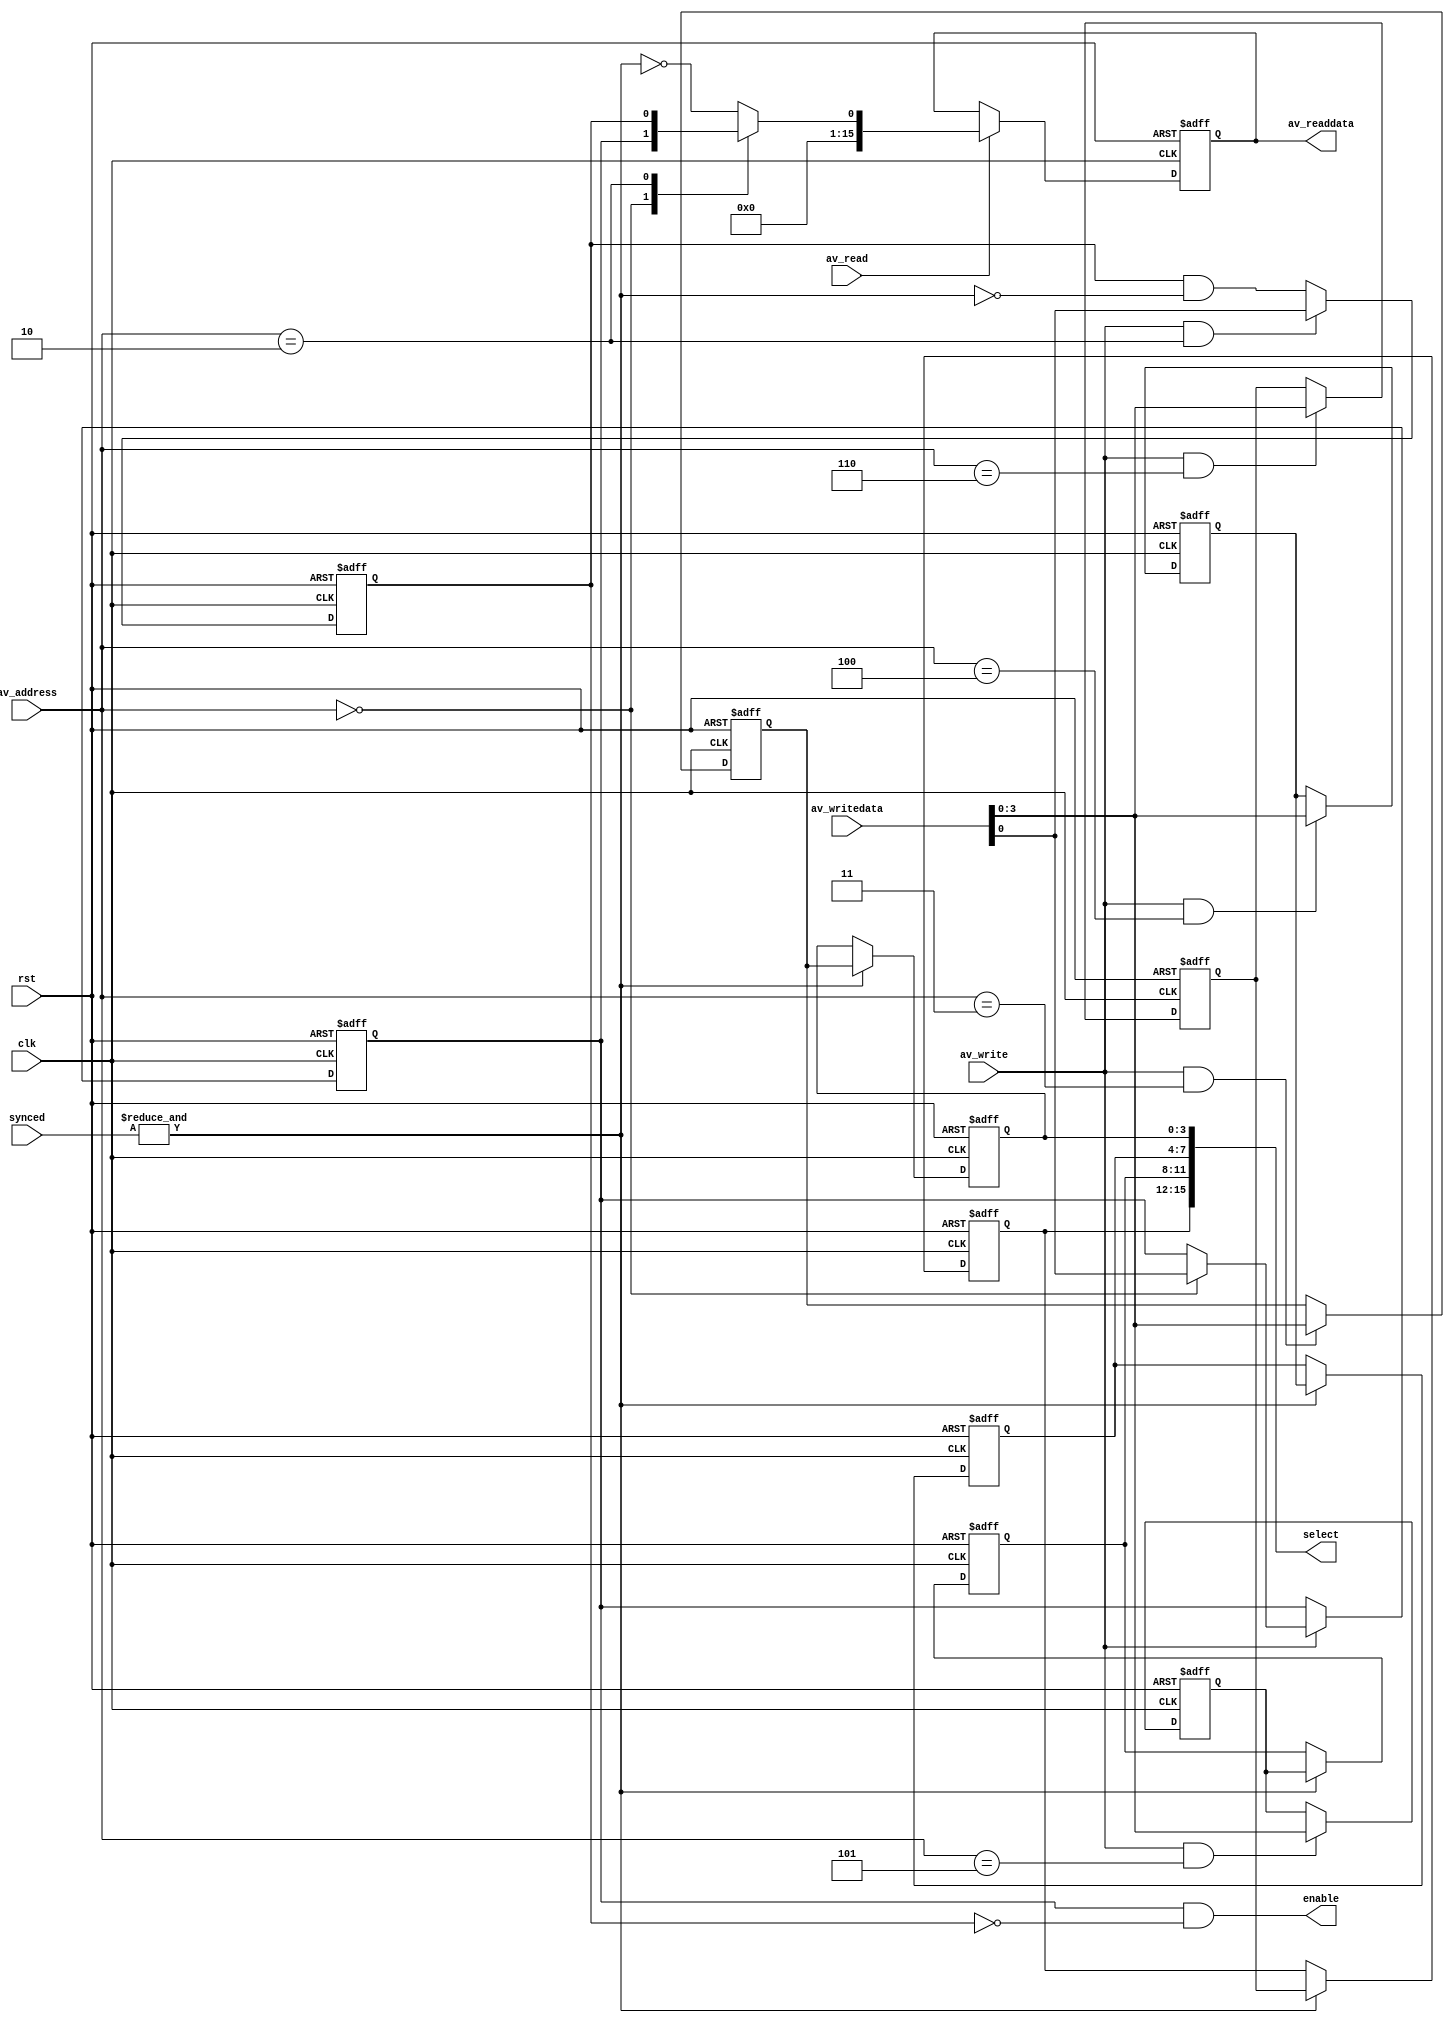
module alt_vipswi130_switch_control
    #(parameter
        AV_ADDRESS_WIDTH = 5,
        AV_DATA_WIDTH = 16,
        NO_INPUTS = 4,
        NO_OUTPUTS = 4,
        NO_SYNCS = 4)
    (
    input   wire                              rst,
    input   wire                              clk,
    
    // control
    input   wire [AV_ADDRESS_WIDTH-1:0]       av_address,
    input   wire                              av_read,
    output  reg  [AV_DATA_WIDTH-1:0]          av_readdata,
    input   wire                              av_write,
    input   wire [AV_DATA_WIDTH-1:0]          av_writedata,
    
    // internal
    output  wire                              enable,
    output  reg  [(NO_INPUTS*NO_OUTPUTS)-1:0] select,
    input   wire [NO_SYNCS-1:0]             synced);

reg master_enable;
reg output_switch;
reg [NO_INPUTS-1:0] output_control[NO_OUTPUTS-1:0];
wire global_synced;

always @ (posedge clk or posedge rst) begin
    if(rst) begin
        master_enable <= 1'b0;
        output_switch <= 1'b0;
        av_readdata <= {AV_DATA_WIDTH{1'b0}};
    end else begin
        if(av_write) begin
            master_enable <= (av_address == 0) ? av_writedata[0] : master_enable;
        end
        
        output_switch <= (av_write && av_address == 2) ? av_writedata[0] : output_switch & ~global_synced;
        
        if(av_read) begin
            case(av_address)
                0: av_readdata <= {{AV_DATA_WIDTH-1{1'b0}}, master_enable};
                2: av_readdata <= {{AV_DATA_WIDTH-1{1'b0}}, output_switch};
                default: av_readdata <= {{AV_DATA_WIDTH-1{1'b0}}, !global_synced};
            endcase
        end
        
    end
end

generate
    genvar i;
    for(i = 0; i < NO_OUTPUTS; i=i+1) begin : control_loop
        always @ (posedge clk or posedge rst) begin
            if(rst) begin
                output_control[i] <= {NO_INPUTS{1'b0}};
                select[(i*NO_INPUTS)+NO_INPUTS-1:(i*NO_INPUTS)] <= {NO_INPUTS{1'b0}};
            end else begin
                if(av_write && av_address == i + 3) begin
                    output_control[i] <= av_writedata[NO_INPUTS-1:0];
                end
                
                if(global_synced) begin
                    select[(i*NO_INPUTS)+NO_INPUTS-1:(i*NO_INPUTS)] <= output_control[i];
                end
            end
        end
    end
endgenerate

assign global_synced = &synced;
assign enable = master_enable & ~output_switch;

endmodule